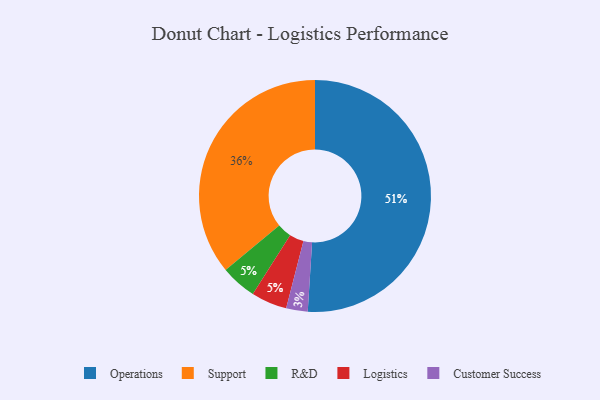
{"axis": {"x": "Category", "y": "Percentage"}, "legend": ["Customer Success", "Logistics", "Operations", "R&D", "Support"], "data": [{"x": "Support", "y": 36, "type": "Support"}, {"x": "R&D", "y": 5, "type": "R&D"}, {"x": "Logistics", "y": 5, "type": "Logistics"}, {"x": "Customer Success", "y": 3, "type": "Customer Success"}, {"x": "Operations", "y": 51, "type": "Operations"}]}